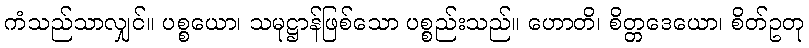
ကံသည်သာလျှင်။ ပစ္စယော၊ သမုဋ္ဌာန်ဖြစ်သော ပစ္စည်းသည်။ ဟောတိ၊ စိတ္တဒေယော၊ စိတ်ဥတု